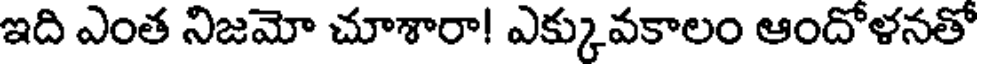
ఇది ఎంత నిజమో చూశారా! ఎక్కువకాలం ఆందోళనతో